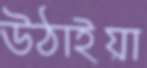
উঠাইয়া